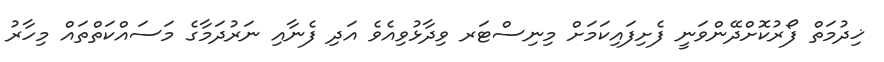
ޚިދުމަތް ފޯރުކޮށްދޭންވަނީ ފެށިފައިކަމަށް މިނިސްޓަރ ވިދާޅުވިއެވެ އަދި ފެނާއި ނަރުދަމާގެ މަސައްކަތްތައް މިހާރު